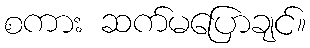
စကား ဆက်မပြောချင်။